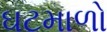
ઘટમાળો